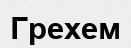
Грехем